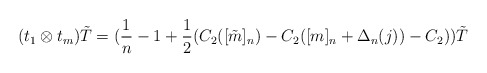
\begin{align*}(t_1 \otimes t_m )\tilde{T}= (\frac{1}{n}-1+\frac{1}{2} (C_2 ([\tilde{m}]_n)-C_2 ([m]_n +\Delta_n (j))-C_2))\tilde{T}\end{align*}